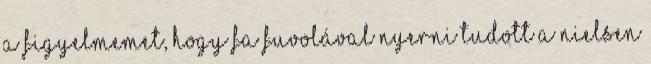
a figyelmemet, hogy fa fuvolával nyerni tudott a Nielsen